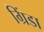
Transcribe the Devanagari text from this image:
ग्रिंडा